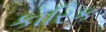
કોરિક